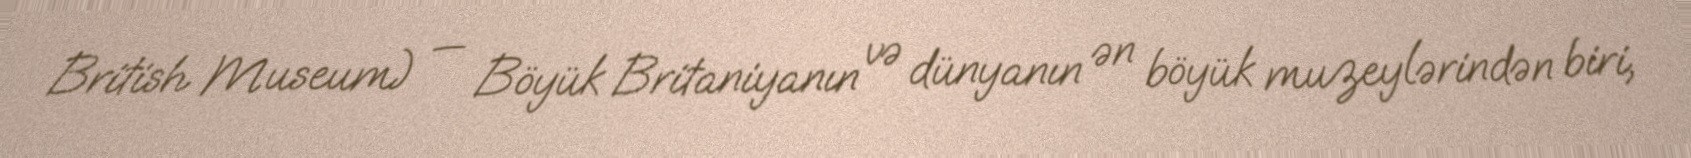
British Museum) — Böyük Britaniyanın və dünyanın ən böyük muzeylərindən biri,